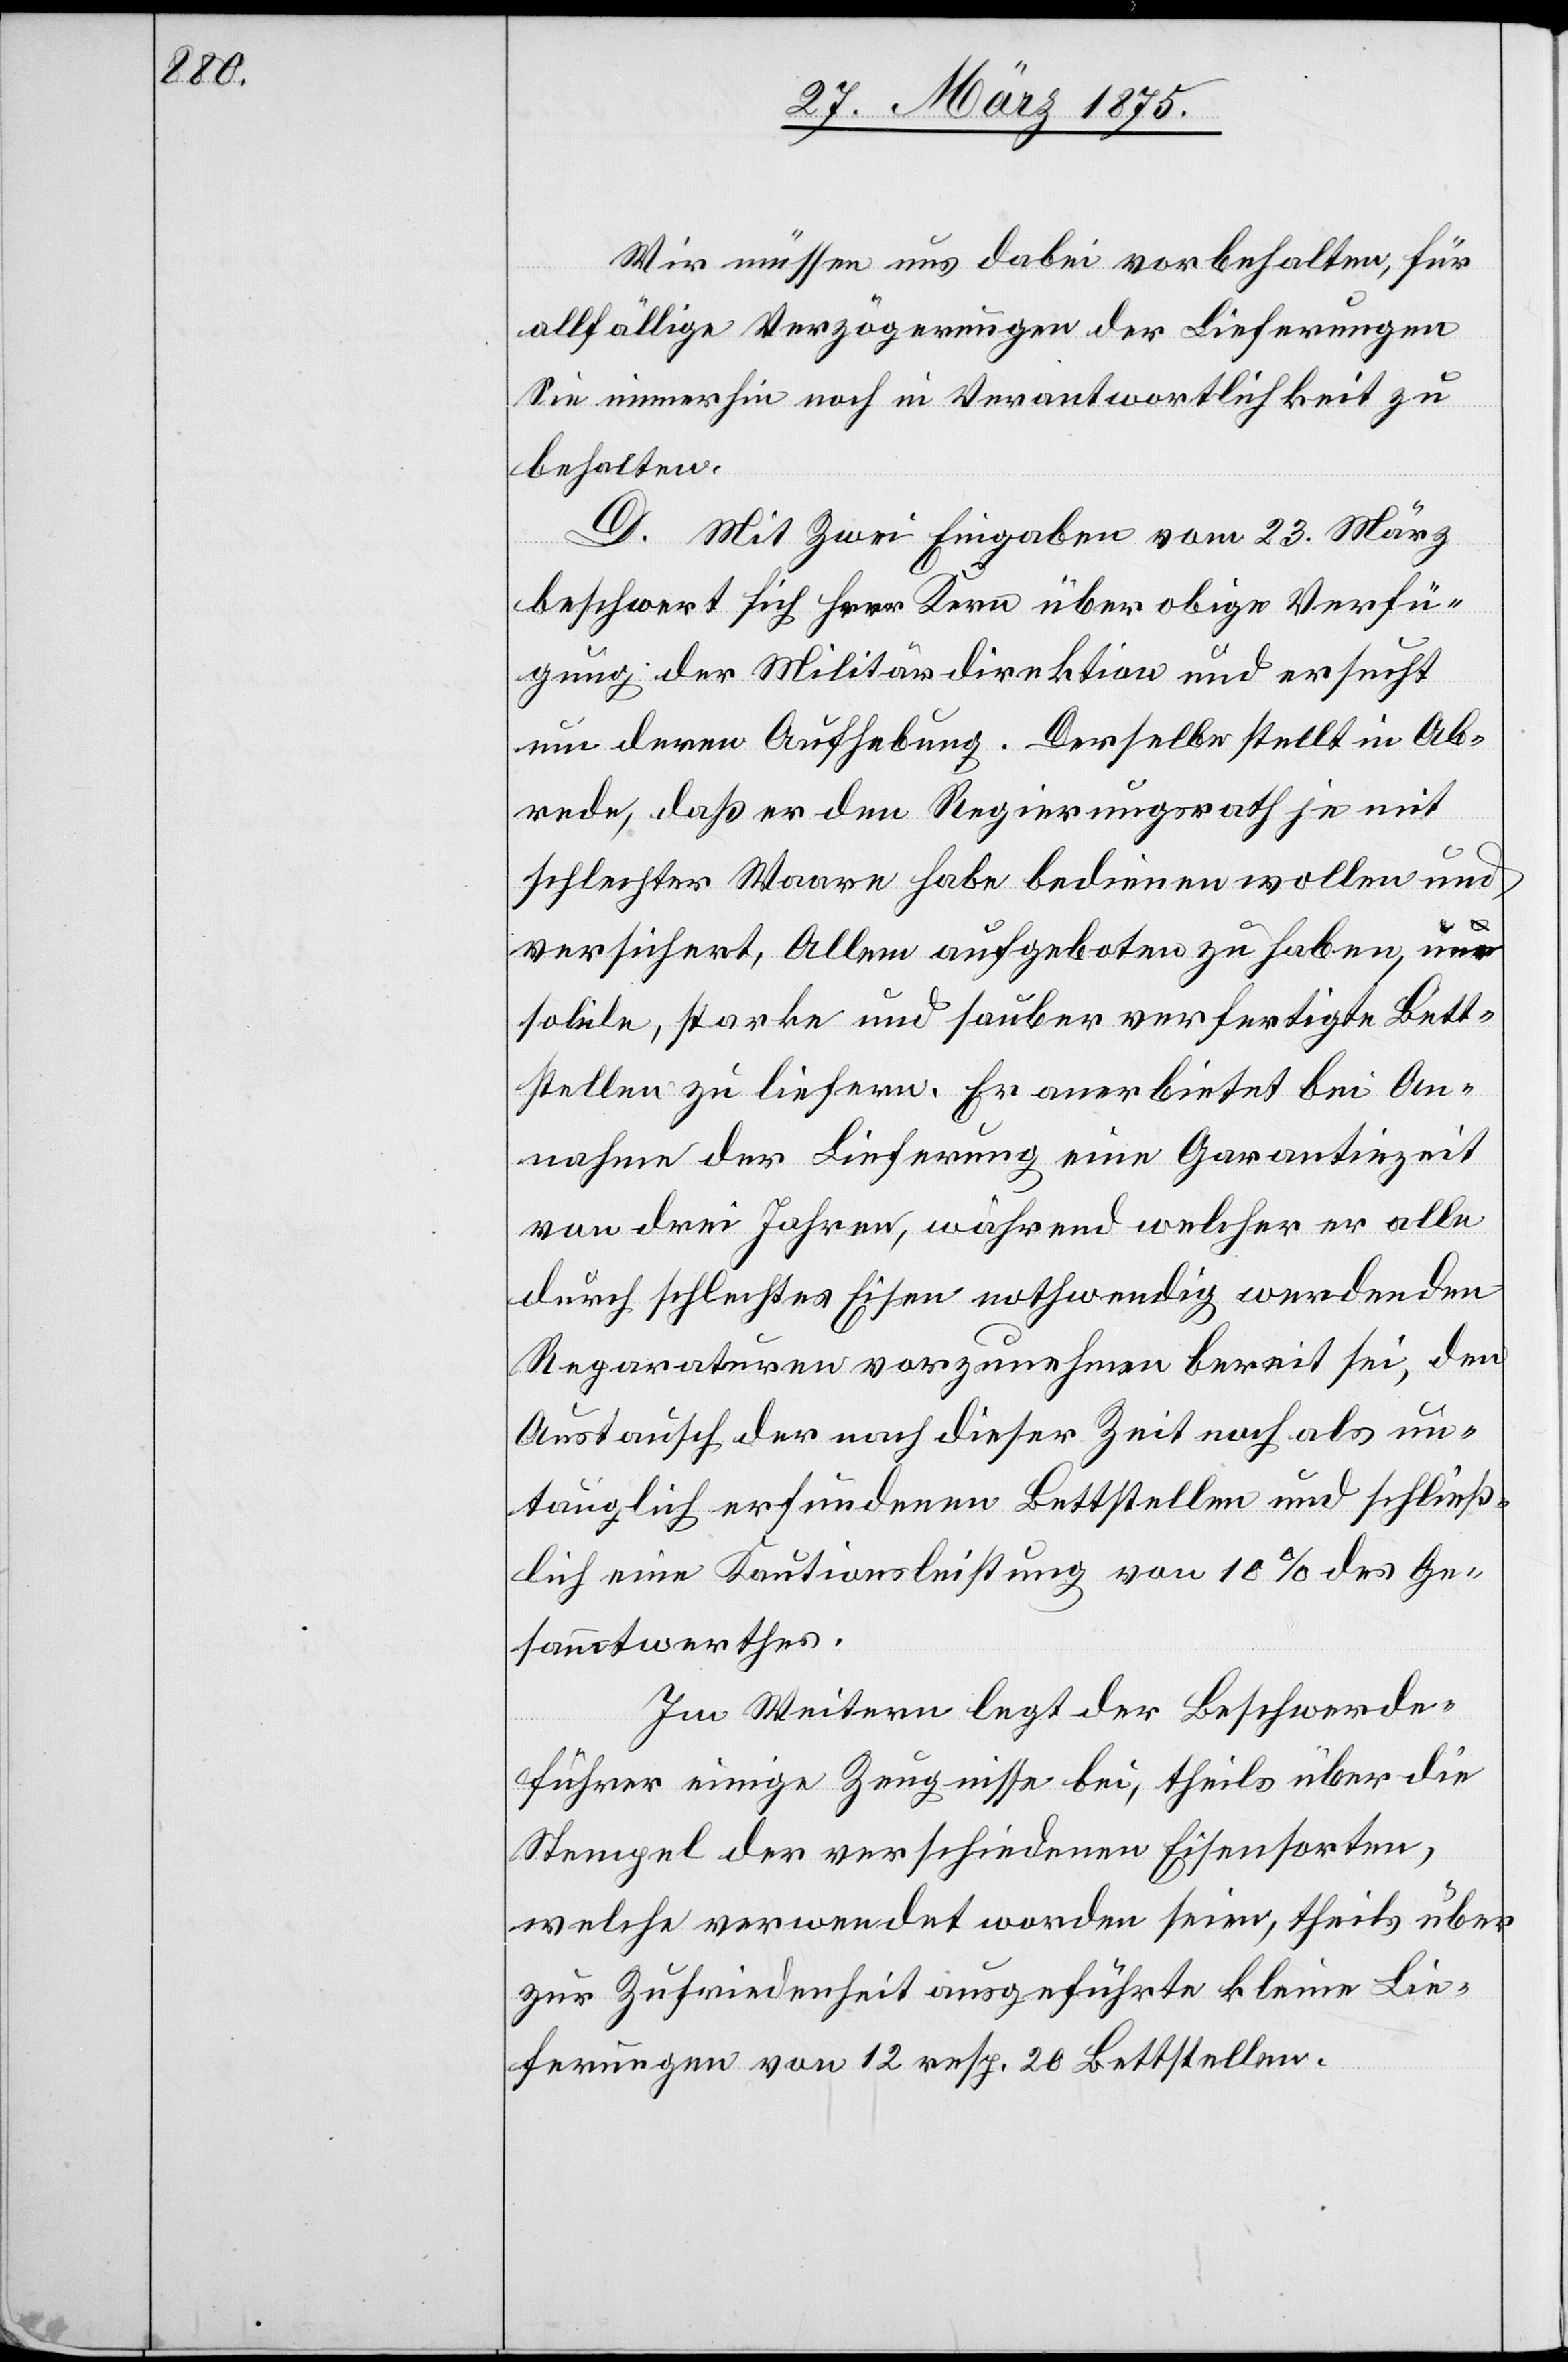
Wir müssen uns dabei vorbehalten, für
allfällige Verzögerungen der Lieferungen
Sie immerhin noch in Verantwortlichkeit zu
behalten.
D. Mit Zwei Eingaben vom 23. März
beschwert sich Herr Kern über obige Verfü¬
gung der Militärdirektion und ersucht
um deren Aufhebung. Derselbe stellt in Ab¬
rede, daß er den Regierungsrath je mit
schlechter Waare habe bedienen wollen und
versichert, Allem [sic!] aufgeboten zu haben, um
solide starke und sauber verfertigte Bett¬
stellen zu liefern. Er anerbietet bei An¬
nahme der Lieferung eine Garantiezeit
von drei Jahre, während welcher er alle
durch schlechtes Eisen nothwendig werdenden
Reparaturen vorzunehmen bereit sei, den
Austausch der nach dieser Zeit noch als un¬
tauglich erfundenen Bettstellen und schließ¬
lich eine Kautionsleistung von 10% des Ge¬
sammtwerthes.
Im Weitern legt der Beschwerde¬
führer einige Zeugnisse bei, theils über die
Stempel der verschiedenen Eisensorten,
welche verwendet worden sein, theils über
zur Zufriedenheit ausgeführte kleine Lie¬
ferungen von 12 resp. 20 Bettstellen.